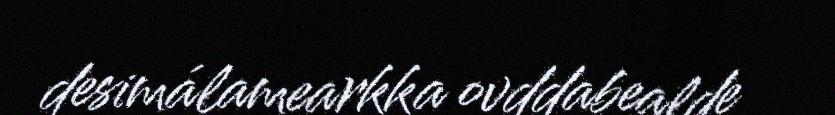
desimálamearkka ovddabealde